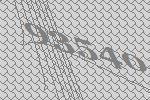
93540